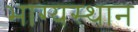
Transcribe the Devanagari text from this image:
भाग्यस्थान